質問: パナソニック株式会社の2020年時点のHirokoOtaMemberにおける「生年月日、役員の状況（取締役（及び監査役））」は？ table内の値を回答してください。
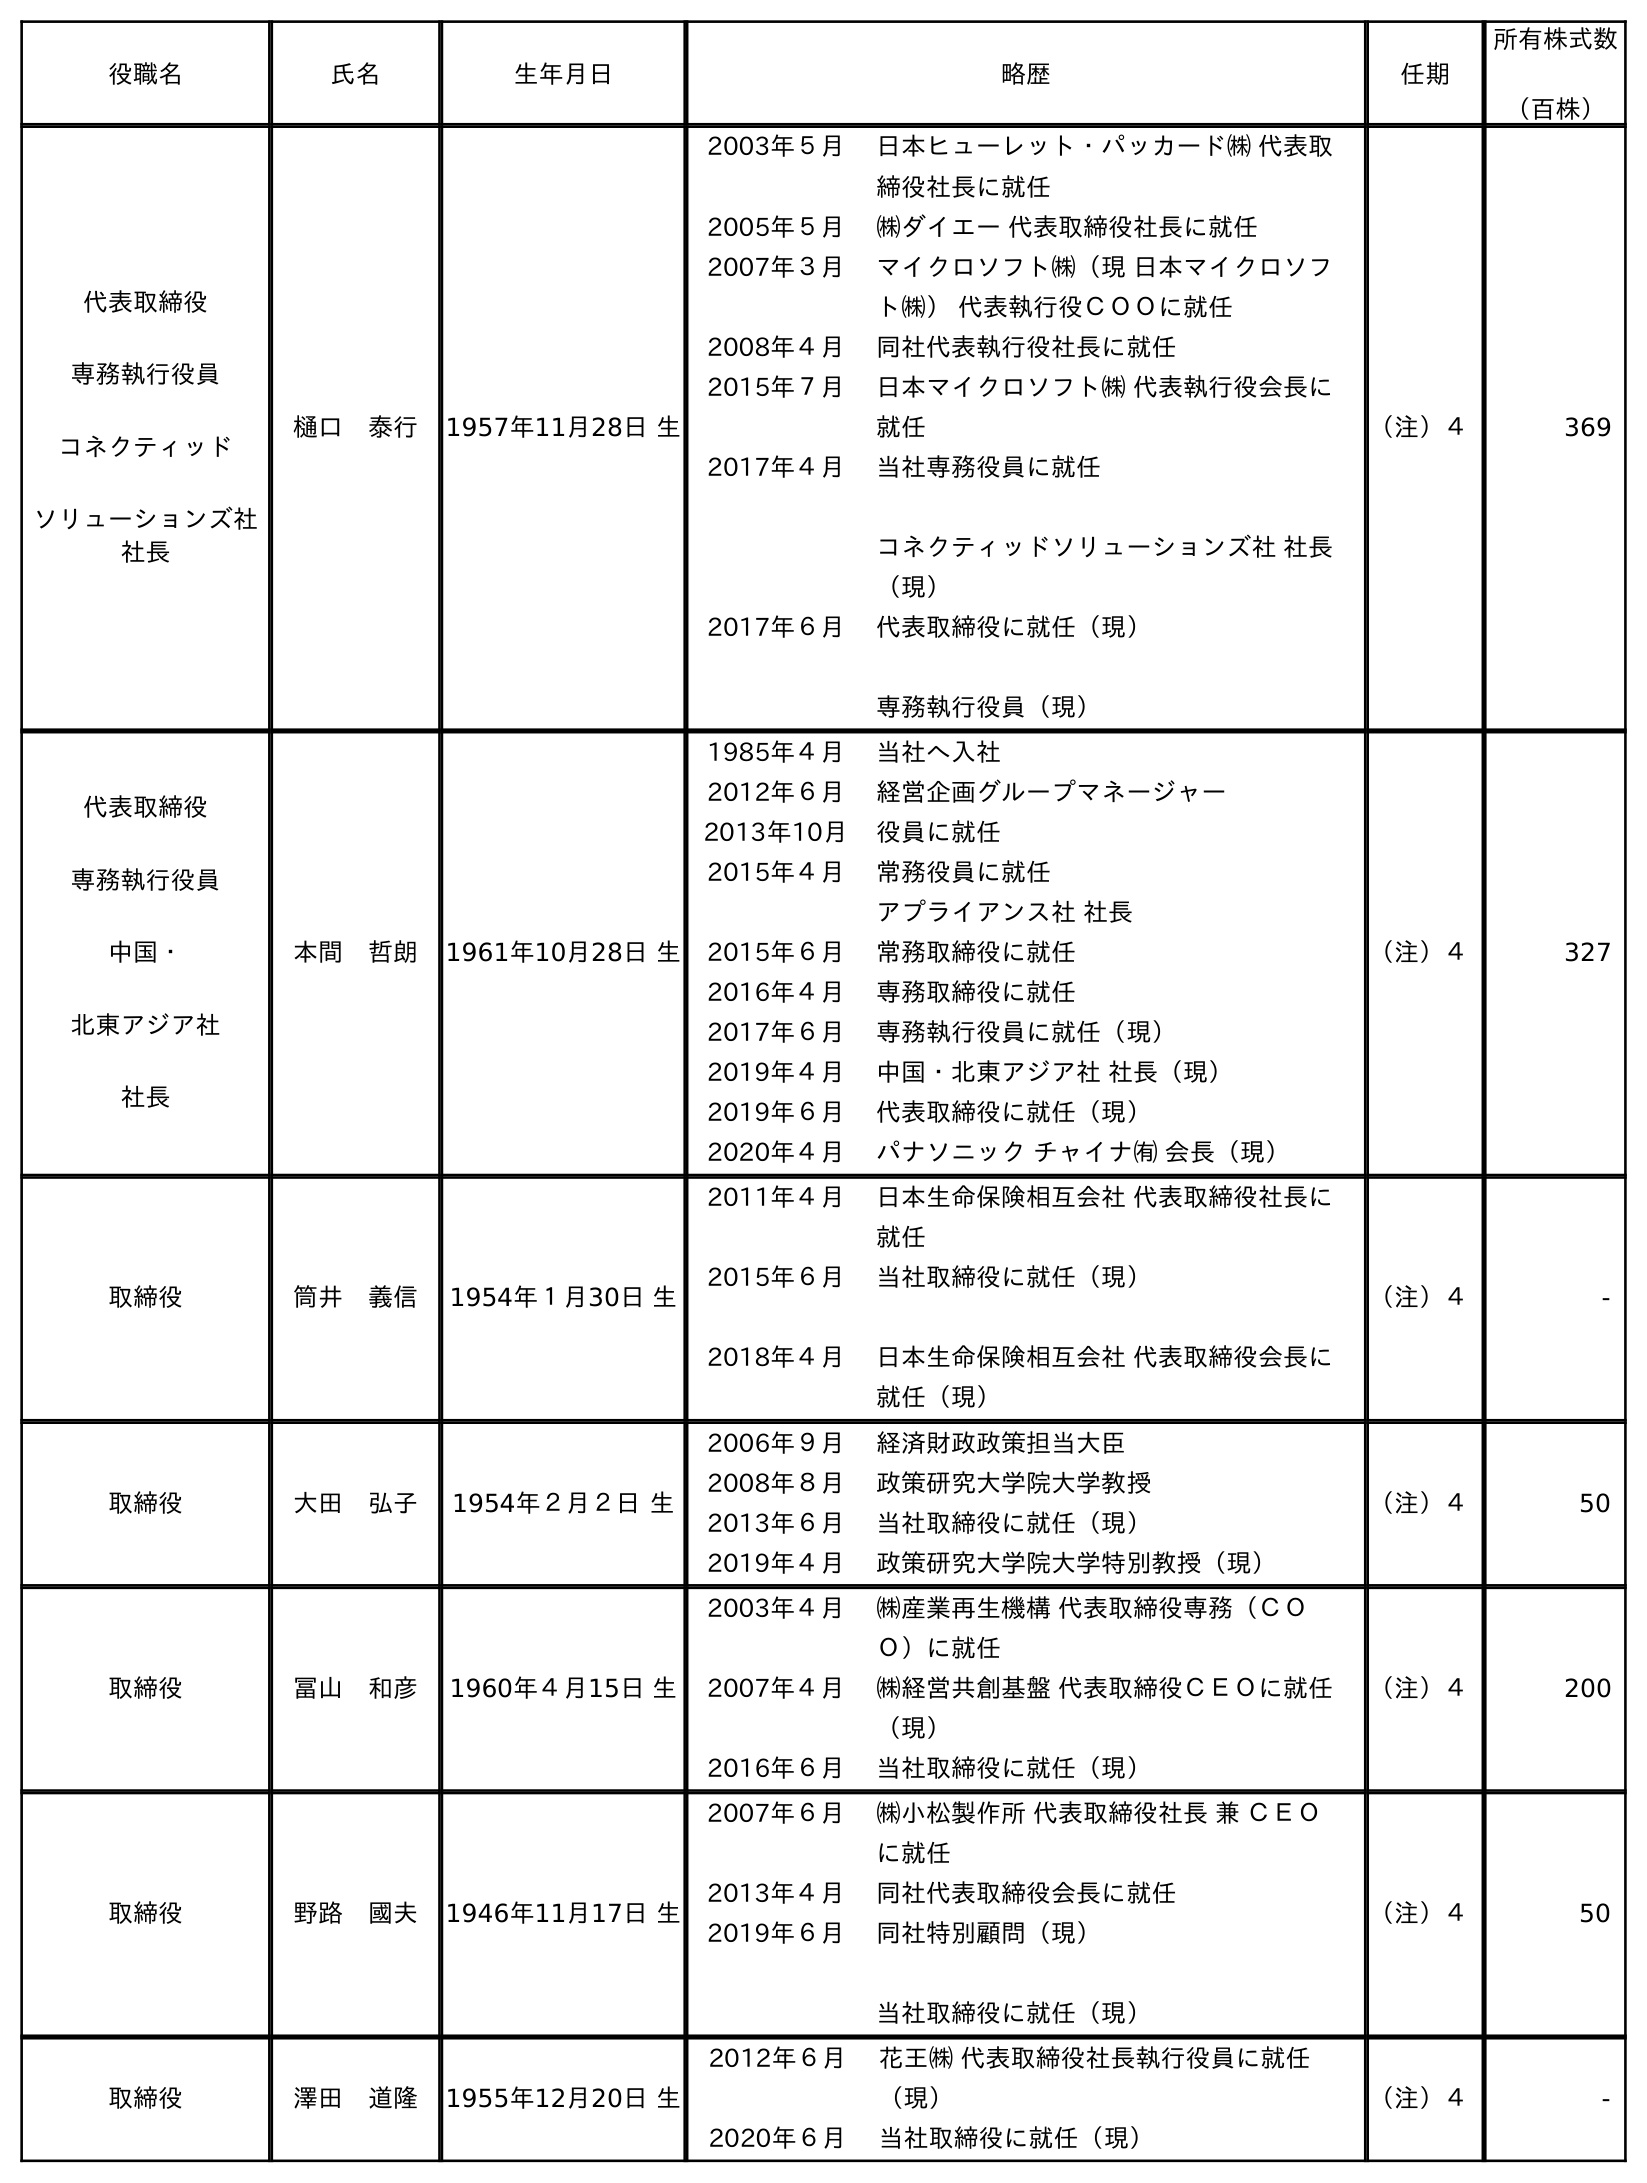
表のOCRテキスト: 役職名 氏名 生年月日 略歴 任期 所有株式数 （百株） 代表取締役 専務執行役員 コネクティッド ソリューションズ社 社長 樋口 泰行 1957年11月28日 生 2003年５月 日本ヒューレット・パッカード㈱ 代表取 締役社長に就任 2005年５月 ㈱ダイエー 代表取締役社長に就任 2007年３月 マイクロソフト㈱（現 日本マイクロソフ ト㈱） 代表執行役ＣＯＯに就任 2008年４月 同社代表執行役社長に就任 2015年７月 日本マイクロソフト㈱ 代表執行役会長に 就任 2017年４月 当社専務役員に就任 コネクティッドソリューションズ社 社長 （現） 2017年６月 代表取締役に就任（現） 専務執行役員（現） （注）４ 369 代表取締役 専務執行役員 中国・ 北東アジア社 社長 本間 哲朗 1961年10月28日 生 1985年４月 当社へ入社 2012年６月 経営企画グループマネージャー 2013年10月 役員に就任 2015年４月 常務役員に就任 アプライアンス社 社長 2015年６月 常務取締役に就任 2016年４月 専務取締役に就任 2017年６月 専務執行役員に就任（現） 2019年４月 中国・北東アジア社 社長（現） 2019年６月 代表取締役に就任（現） 2020年４月 パナソニック チャイナ㈲ 会長（現） （注）４ 327 取締役 筒井 義信 1954年１月30日 生 2011年４月 日本生命保険相互会社 代表取締役社長に 就任 2015年６月 2018年４月 当社取締役に就任（現） 日本生命保険相互会社 代表取締役会長に 就任（現） （注）４ - 取締役 大田 弘子 1954年２月２日 生 2006年９月 経済財政政策担当大臣 2008年８月 政策研究大学院大学教授 2013年６月 当社取締役に就任（現） 2019年４月 政策研究大学院大学特別教授（現） （注）４ 50 取締役 冨山 和彦 1960年４月15日 生 2003年４月 ㈱産業再生機構 代表取締役専務（ＣＯ Ｏ）に就任 2007年４月 ㈱経営共創基盤 代表取締役ＣＥＯに就任 （現） 2016年６月 当社取締役に就任（現） （注）４ 200 取締役 野路 國夫 1946年11月17日 生 2007年６月 ㈱小松製作所 代表取締役社長 兼 ＣＥＯ に就任 2013年４月 同社代表取締役会長に就任 2019年６月 同社特別顧問（現） 当社取締役に就任（現） （注）４ 50 取締役 澤田 道隆 1955年12月20日 生 2012年６月 花王㈱ 代表取締役社長執行役員に就任 （現） 2020年６月 当社取締役に就任（現） （注）４ -
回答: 1954年２月２日生